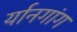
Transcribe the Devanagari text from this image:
र्यानगांग